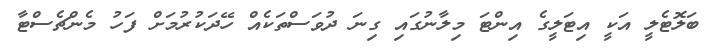
ބަލޮޓެލީ އަކީ އިޓަލީގެ އިންޓަ މިލާނުގައި ގިނަ ދުވަސްތަކެއް ހޭދަކުރުމަށް ފަހު މެންޗެސްޓާ